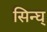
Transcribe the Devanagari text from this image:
सिन्घ्